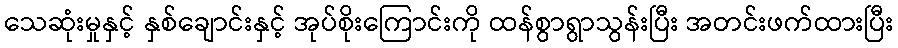
သေဆုံးမှုနှင့် နှစ်ချောင်းနှင့် အုပ်စိုးကြောင်းကို ထန်စွာရွာသွန်းပြီး အတင်းဖက်ထားပြီး